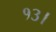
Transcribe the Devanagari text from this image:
१३।